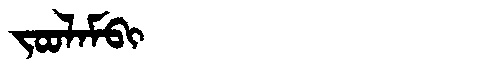
Manchu: ᠵᠣᠣᠯᠠᠮᠪᡳ
Romanization: JOOLAMBI